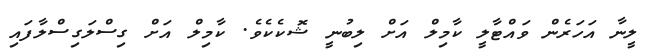
ލީނާ އަހަރެން ވައްޓާލީ ކާމިލް އަށް ލިބުނީ ޝޮކެކެވެ. ކާމިލް އަށް ގިސްލަގިސްލާފައި